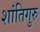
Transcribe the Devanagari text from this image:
शांतिगुरु